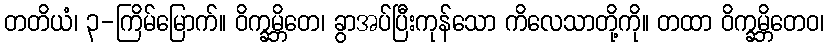
တတိယံ၊ ၃-ကြိမ်မြောက်။ ဝိက္ခမ္ဘိတေ၊ ခွာအပ်ပြီးကုန်သော ကိလေသာတို့ကို။ တထာ ဝိက္ခမ္ဘိတေဝ၊